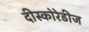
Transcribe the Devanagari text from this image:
दीस्कोरेडीज